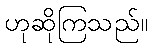
ဟုဆိုကြသည်။